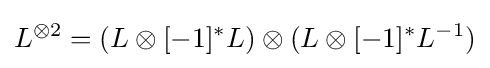
L^{\otimes 2}=(L\otimes [-1]^{*}L)\otimes (L\otimes [-1]^{*}L^{-1})